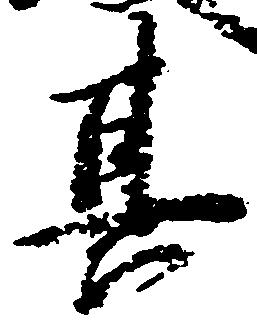
其